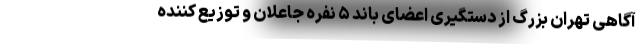
آگاهی تهران بزرگ از دستگیری اعضای باند ۵ نفره جاعلان و توزیع کننده